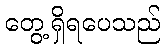
တွေ့ရှိရပေသည်